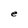
Character: e